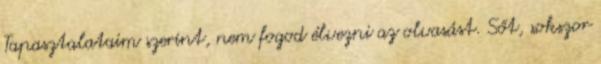
Tapasztalataim szerint, nem fogod élvezni az olvasást. Sőt, sokszor